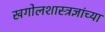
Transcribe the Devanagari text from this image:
खगोलशास्त्रज्ञांच्या